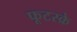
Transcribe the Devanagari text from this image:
फूटस्क्रे